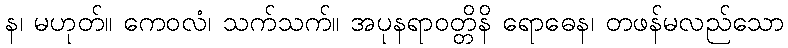
န၊ မဟုတ်။ ကေဝလံ၊ သက်သက်။ အပုနရာဝတ္တိနိ ရောဓေန၊ တဖန်မလည်သော